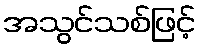
အသွင်သစ်ဖြင့်